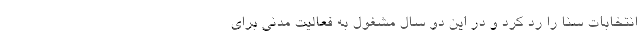
انتخابات سنا را رد کرد و در این دو سال مشغول به فعالیت مدنی برای